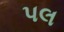
પલ